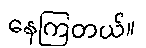
နေကြတယ်။